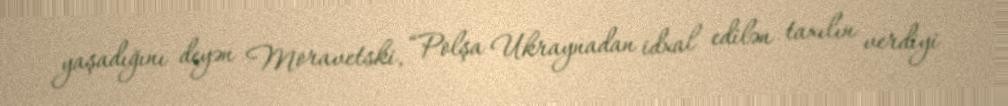
yaşadığını deyən Moravetski, “Polşa Ukraynadan idxal edilən taxılın verdiyi